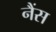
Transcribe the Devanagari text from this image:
नैंस